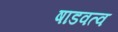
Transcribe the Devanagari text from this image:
षाडवत्व